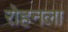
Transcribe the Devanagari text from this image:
रोहनला